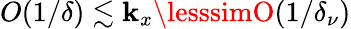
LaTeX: O(1/\delta)\lesssim\mathbf{k}_{x}\lesssimO(1/\delta_{\nu})